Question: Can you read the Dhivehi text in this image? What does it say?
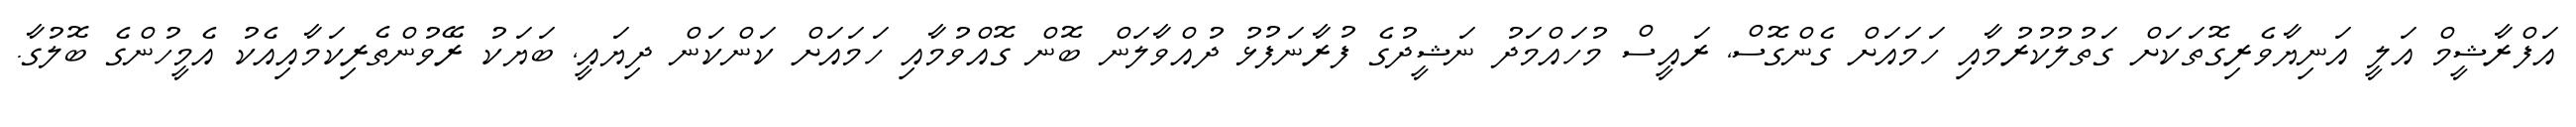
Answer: އަފްރާޝީމް އަލީ އަނިޔާވެރިގޮތަކަށް ގަތުލުކުރުމާއި ހަމައަށް ގެންގޮސް, ރައީސް މުހައްމަދު ނަޝީދުގެ ފުރާނަފުޅު ދުއްވާލަން ބޮން ގޮއްވުމާއި ހަމައަށް ކަންކަން ދިޔައީ, ބަޔަކު ރޭވުންތެރިކަމާއިއެކު އެމީހުންގެ ބޮލުގާ.